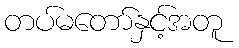
တပ်မတော်နှင့်အတူ